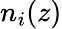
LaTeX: n_{i}(z)